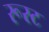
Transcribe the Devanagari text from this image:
रूस्ट